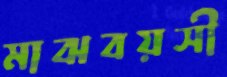
মাঝবয়সী